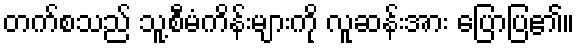
တက်စသည် သူ့စီမံကိန်းများကို လူဆန်းအား ပြောပြ၏။